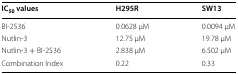
| IC50 values | H295R | SW13 |
 | --- | --- | --- |
 | BI-2536 | 0.0628 μM | 0.0094 μM |
 | Nutlin-3 | 12.75 μM | 19.78 μM |
 | Nutlin-3 + BI-2536 | 2.838 μM | 6.502 μM |
 | Combination Index | 0.22 | 0.33 |